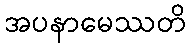
အပနာမေဿတိ